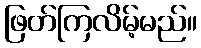
ဖြတ်ကြလိမ့်မည်။